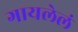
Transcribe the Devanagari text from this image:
गायलेलं